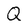
Character: Q